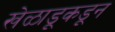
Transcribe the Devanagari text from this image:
खेळाडूकडून